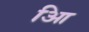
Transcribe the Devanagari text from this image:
आि